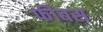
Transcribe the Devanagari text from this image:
फीबस